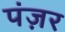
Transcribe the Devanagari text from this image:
पंज़र